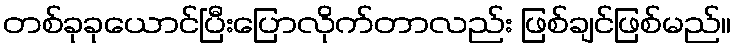
တစ်ခုခုယောင်ပြီးပြောလိုက်တာလည်း ဖြစ်ချင်ဖြစ်မည်။